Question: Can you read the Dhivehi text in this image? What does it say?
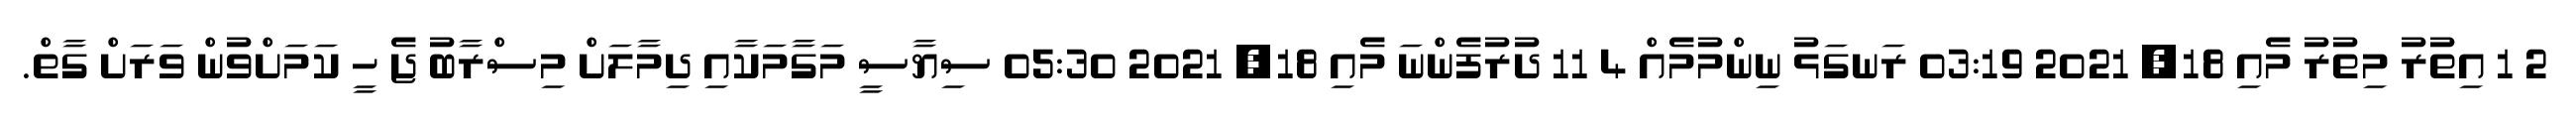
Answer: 2 1 އިތުރު މިތުރު މެއި 18, 2021 03:19 ރަނގަޅު ނިންމުމެއް 4 11 ދުރުފެންނަ މެއި 18, 2021 05:30 ސިޔާސީ މަގާމަކާއި ދިމާލަށް މިސްރާބު ޖެ ހީ ކަމަށްވުން ވަރަށް ގާތް.